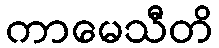
ကာမေသီတိ